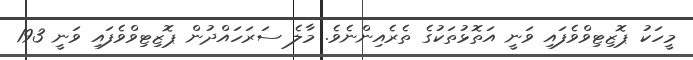
މީހަކު ޕޮޒިޓިވްވެފައި ވަނީ އަތޮޅުތަކުގެ ތެރެއިންނެވެ. މާލެ ސަރަހައްދުން ޕޮޒިޓިވްވެފައި ވަނީ 193